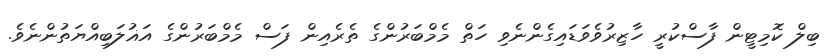
ބިލް ކޮމިޓީން ފާސްކުރީ ހާޒިރުވެވަޑައިގެންނެވި ހަތް މެމްބަރުންގެ ތެރެއިން ފަސް މެމްބަރުންގެ އަޣުލަބިއްޔަތުންނެވެ.